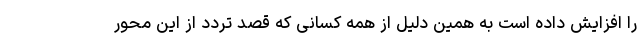
را افزایش داده است به همین دلیل از همه کسانی که قصد تردد از این محور